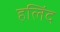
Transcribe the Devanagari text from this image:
हलिंद